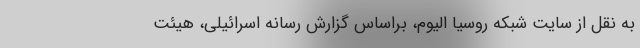
به نقل از سایت شبکه روسیا الیوم، براساس گزارش رسانه اسرائیلی، هیئت